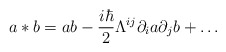
\begin{align*}a*b=ab-\frac{i\hbar }2\Lambda ^{ij}\partial _ia\partial _jb+\ldots\end{align*}